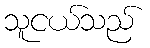
သူငယ်သည်